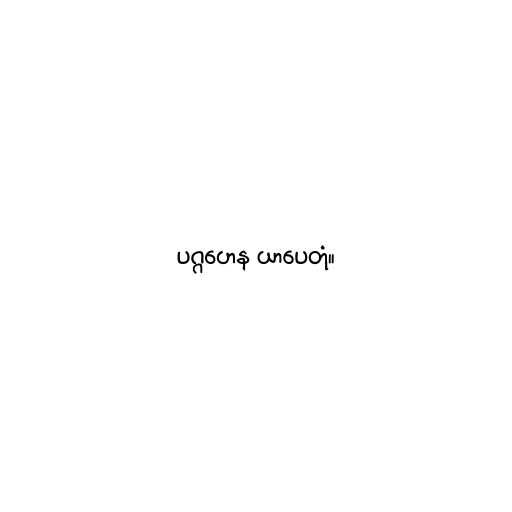
ပဂ္ဂဟေန ယာပေတုံ။